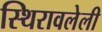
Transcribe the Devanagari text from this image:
स्थिरावलेली